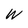
Character: W